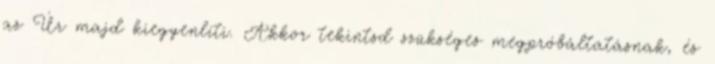
az Úr majd kiegyenlíti. Akkor tekintsd szükséges megpróbáltatásnak, és